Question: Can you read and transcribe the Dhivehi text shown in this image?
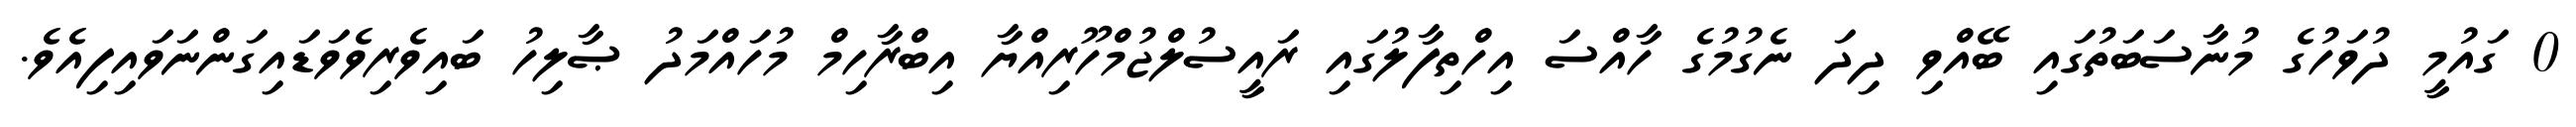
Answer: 0 ގައުމީ ދުވަހުގެ މުނާސަބަތުގައި ބޭއްވި ދިދަ ނެގުމުގެ ހާއްސަ އިހްތިފާލުގައި ރައީސުލްޖުމްހޫރިއްޔާ އިބްރާހިމް މުހައްމަދު ޞާލިހު ބައިވެރިވެވަޑައިގަންނަވައިފިއެވެ.